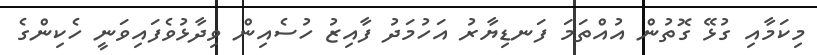
މިކަމާއި ގުޅޭ ގޮތުން އުއްތަމަ ފަނޑިޔާރު އަހުމަދު ފާއިޒު ހުސެއިން ވިދާޅުވެފައިވަނީ ހެކިންގެ